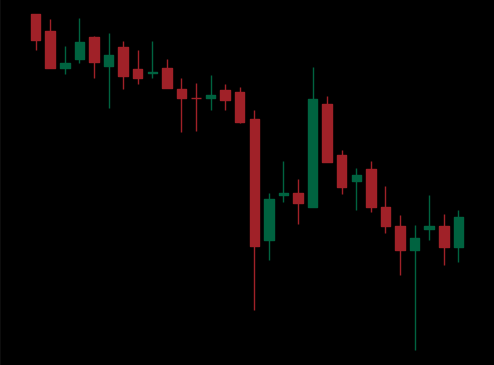
Pattern: unclassified